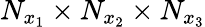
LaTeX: N_{x_{1}}\times N_{x_{2}}\times N_{x_{3}}